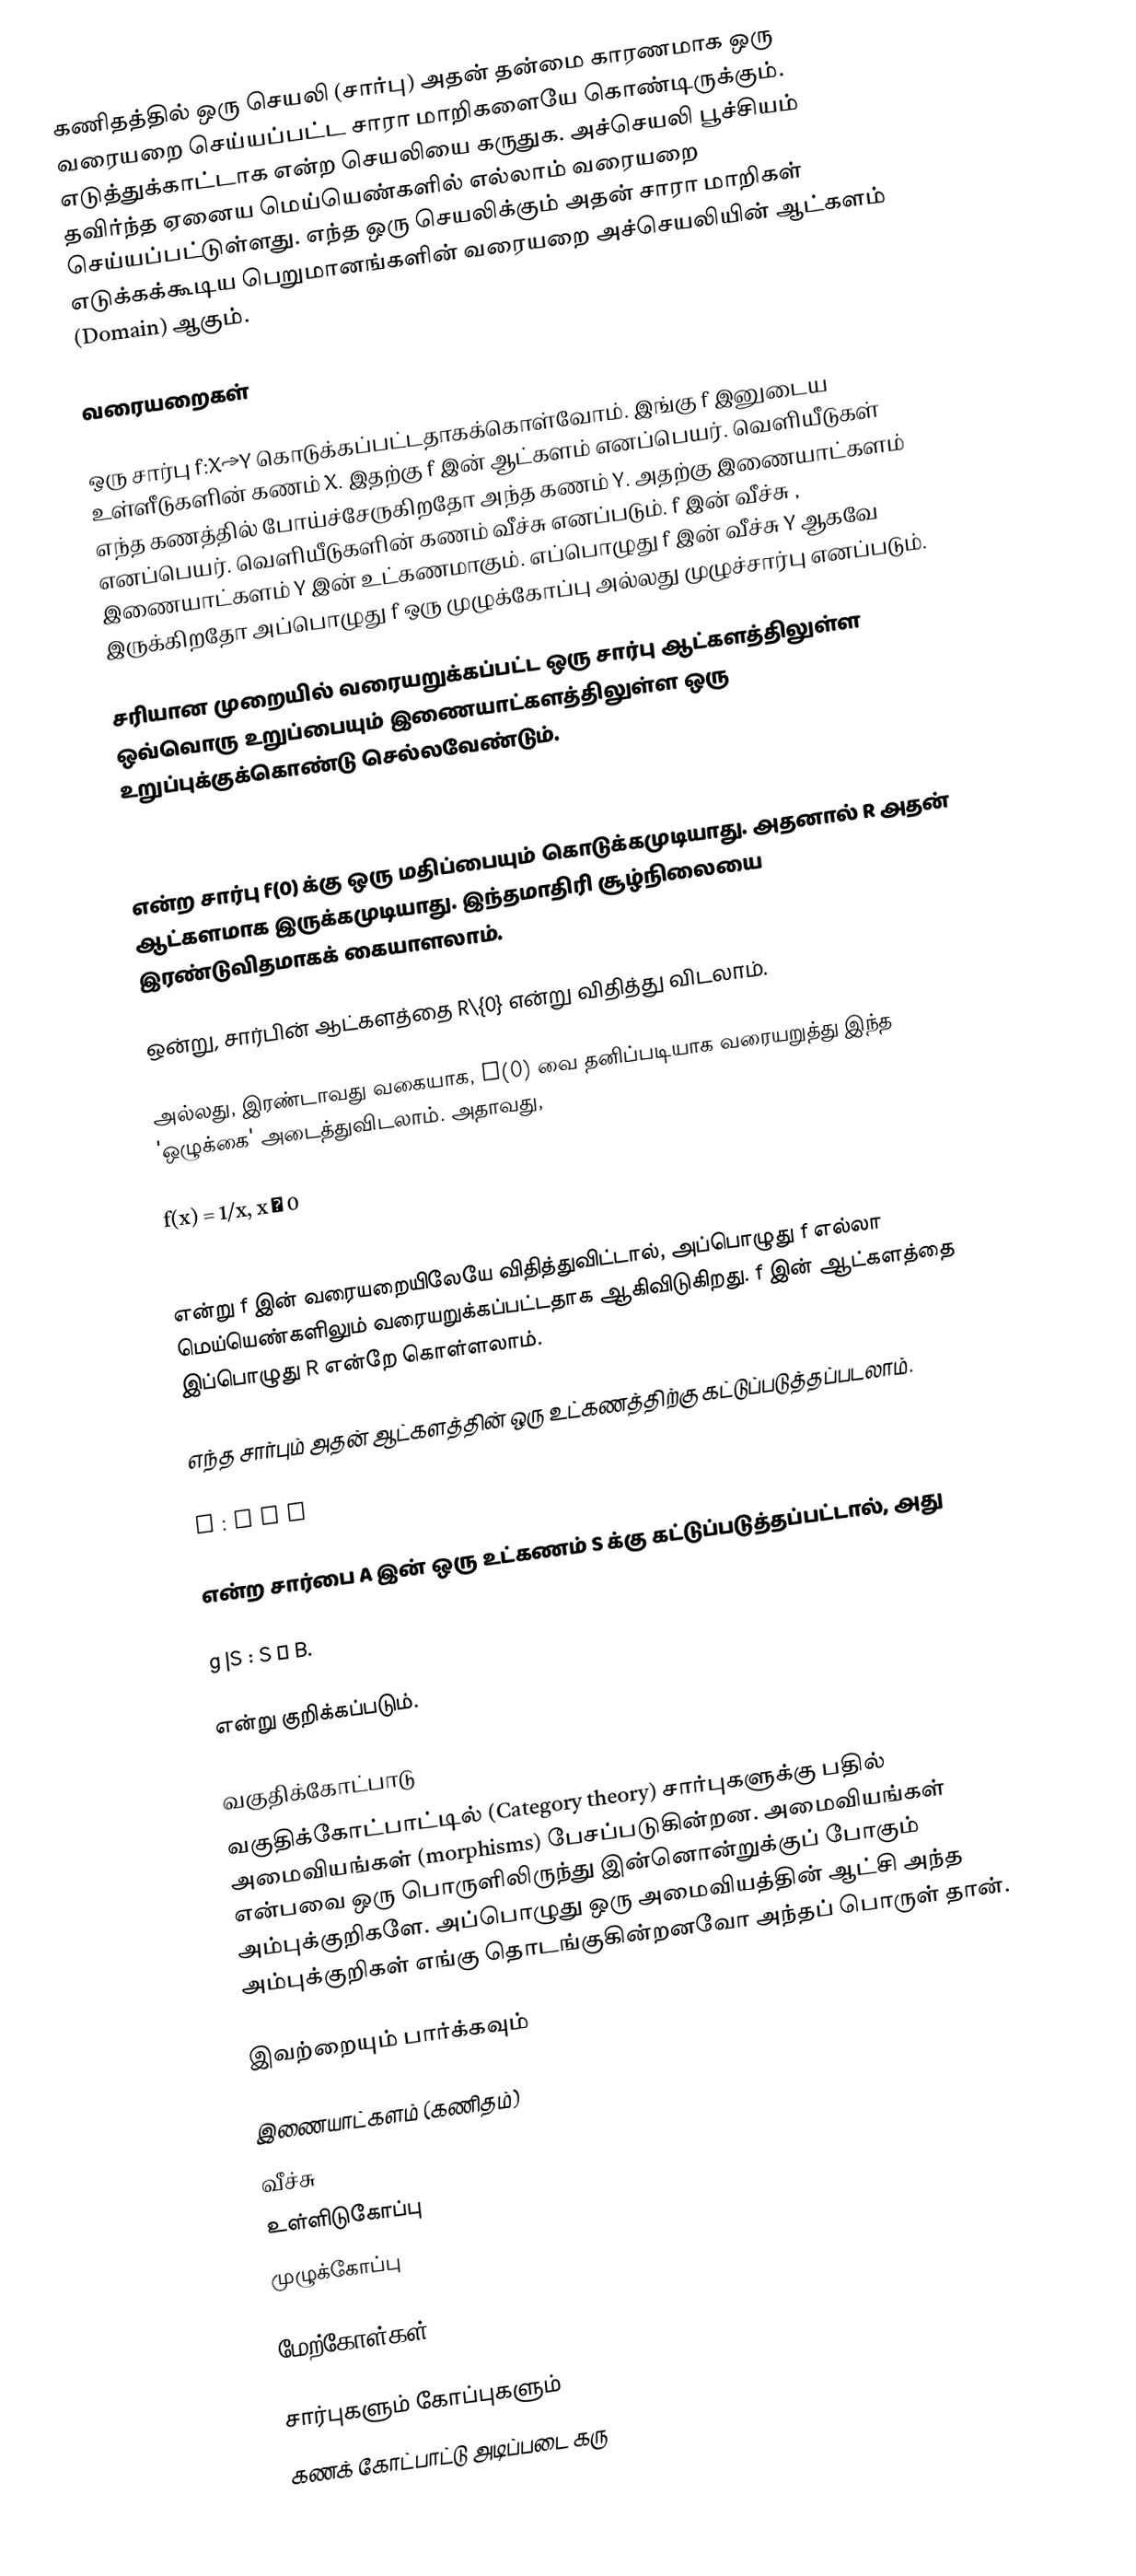
கணிதத்தில் ஒரு செயலி (சார்பு) அதன் தன்மை காரணமாக ஒரு வரையறை செய்யப்பட்ட சாரா மாறிகளையே கொண்டிருக்கும். எடுத்துக்காட்டாக  என்ற செயலியை கருதுக. அச்செயலி பூச்சியம் தவிர்ந்த ஏனைய மெய்யெண்களில் எல்லாம் வரையறை செய்யப்பட்டுள்ளது. எந்த ஒரு செயலிக்கும் அதன் சாரா மாறிகள் எடுக்கக்கூடிய பெறுமானங்களின் வரையறை அச்செயலியின் ஆட்களம் (Domain) ஆகும்.

வரையறைகள்

ஒரு சார்பு f:X→Y கொடுக்கப்பட்டதாகக்கொள்வோம். இங்கு f இனுடைய உள்ளீடுகளின் கணம்  X. இதற்கு f இன் ஆட்களம் எனப்பெயர். வெளியீடுகள் எந்த கணத்தில் போய்ச்சேருகிறதோ அந்த கணம் Y. அதற்கு இணையாட்களம் எனப்பெயர். வெளியீடுகளின் கணம் வீச்சு எனப்படும். f இன் வீச்சு , இணையாட்களம் Y இன் உட்கணமாகும். எப்பொழுது f இன் வீச்சு Y ஆகவே இருக்கிறதோ அப்பொழுது f ஒரு முழுக்கோப்பு அல்லது முழுச்சார்பு எனப்படும்.

சரியான முறையில் வரையறுக்கப்பட்ட ஒரு சார்பு ஆட்களத்திலுள்ள ஒவ்வொரு உறுப்பையும் இணையாட்களத்திலுள்ள ஒரு உறுப்புக்குக்கொண்டு செல்லவேண்டும்.

 f(x) = 1/x

என்ற சார்பு f(0) க்கு ஒரு மதிப்பையும் கொடுக்கமுடியாது. அதனால்  R அதன் ஆட்களமாக இருக்கமுடியாது. இந்தமாதிரி சூழ்நிலையை இரண்டுவிதமாகக் கையாளலாம்.

ஒன்று, சார்பின் ஆட்களத்தை R\{0} என்று விதித்து விடலாம்.

அல்லது, இரண்டாவது வகையாக, f(0) வை தனிப்படியாக வரையறுத்து இந்த 'ஒழுக்கை' அடைத்துவிடலாம். அதாவது,

 f(x) = 1/x, x ≠ 0
 f(0) = 0,

என்று f இன் வரையறையிலேயே விதித்துவிட்டால், அப்பொழுது f எல்லா மெய்யெண்களிலும் வரையறுக்கப்பட்டதாக ஆகிவிடுகிறது. f இன் ஆட்களத்தை இப்பொழுது R என்றே கொள்ளலாம்.

எந்த சார்பும் அதன் ஆட்களத்தின் ஒரு உட்கணத்திற்கு கட்டுப்படுத்தப்படலாம்.

g : A → B

என்ற சார்பை A இன் ஒரு உட்கணம் S க்கு கட்டுப்படுத்தப்பட்டால், அது

g |S : S → B.

என்று குறிக்கப்படும்.

வகுதிக்கோட்பாடு
வகுதிக்கோட்பாட்டில் (Category theory) சார்புகளுக்கு பதில் அமைவியங்கள் (morphisms) பேசப்படுகின்றன. அமைவியங்கள் என்பவை ஒரு பொருளிலிருந்து இன்னொன்றுக்குப் போகும் அம்புக்குறிகளே. அப்பொழுது ஒரு அமைவியத்தின் ஆட்சி அந்த அம்புக்குறிகள் எங்கு தொடங்குகின்றனவோ அந்தப் பொருள் தான்.

இவற்றையும் பார்க்கவும்

 இணையாட்களம் (கணிதம்)
 வீச்சு
 உள்ளிடுகோப்பு
 முழுக்கோப்பு

மேற்கோள்கள்

சார்புகளும் கோப்புகளும்
கணக் கோட்பாட்டு அடிப்படை கரு